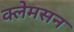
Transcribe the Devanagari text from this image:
क्लेमसन